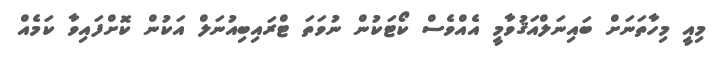
މިއީ މިހާތަނަށް ބައިނަލްއަޤުވާމީ އެއްވެސް ކޯޓަކުން ނުވަތަ ޓްރައިބިއުނަލް އަކުން ކޮށްފައިވާ ކަމެއް